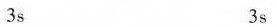
3s 3s